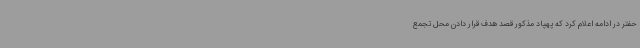
حفتر در ادامه اعلام کرد که پهپاد مذکور قصد هدف قرار دادن محل تجمع